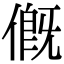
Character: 𠌰